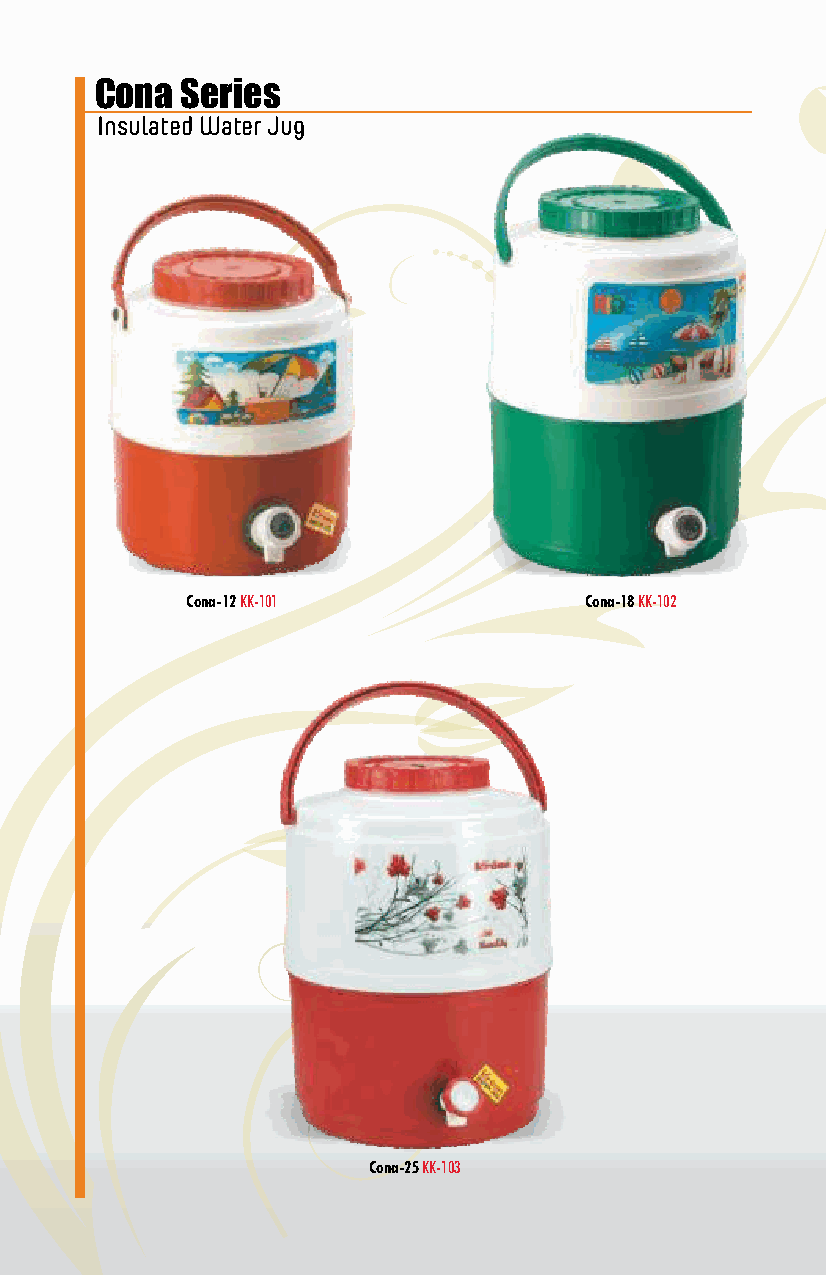
Cona  Series
 Insulated Water Jug
 Cona-12 KK-101             Cona-18 KK-102
 Cona-25 KK-103